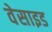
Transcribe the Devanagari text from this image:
वेसाइड